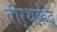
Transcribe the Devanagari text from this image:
तीर्थकेंद्र